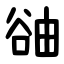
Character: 䜬